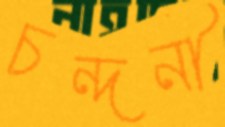
চন্দনী